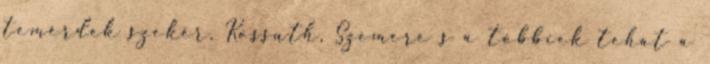
temérdek szekér. Kossuth, Szemere s a többiek tehát a